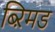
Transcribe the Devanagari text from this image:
ब्ऱिमड